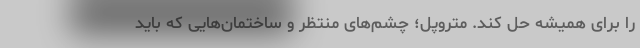
را برای همیشه حل کند. متروپل؛ چشم‌های منتظر و ساختمان‌هایی که باید